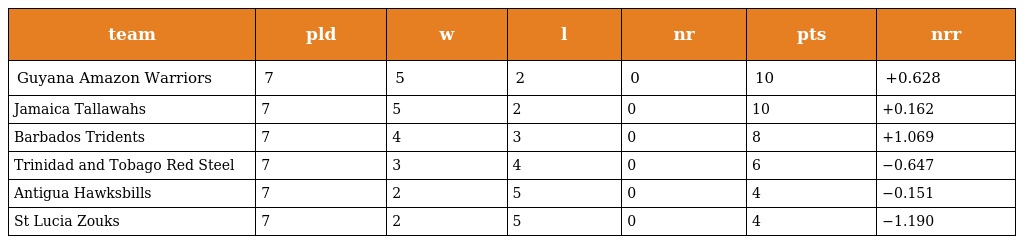
| team | pld | w | l | nr | pts | nrr |
 | --- | --- | --- | --- | --- | --- | --- |
 | Guyana Amazon Warriors | 7 | 5 | 2 | 0 | 10 | +0.628 |
 | Jamaica Tallawahs | 7 | 5 | 2 | 0 | 10 | +0.162 |
 | Barbados Tridents | 7 | 4 | 3 | 0 | 8 | +1.069 |
 | Trinidad and Tobago Red Steel | 7 | 3 | 4 | 0 | 6 | −0.647 |
 | Antigua Hawksbills | 7 | 2 | 5 | 0 | 4 | −0.151 |
 | St Lucia Zouks | 7 | 2 | 5 | 0 | 4 | −1.190 |